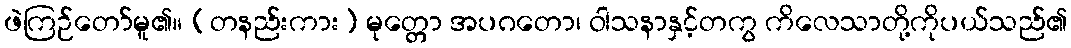
ဖဲကြဉ်တော်မူ၏။ (တနည်းကား) မုတ္တော အပဂတော၊ ဝါသနာနှင့်တကွ ကိလေသာတို့ကိုပယ်သည်၏